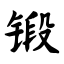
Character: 锻